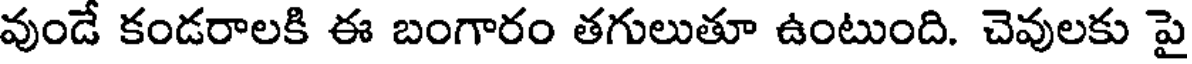
వుండే కండరాలకి ఈ బంగారం తగులుతూ ఉంటుంది. చెవులకు పై